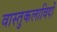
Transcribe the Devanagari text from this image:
वास्तुकलाविदों